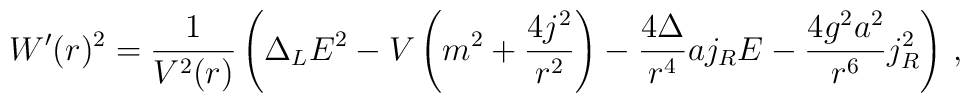
W^{\prime}(r)^{2}=\frac{1}{V^{2}(r)}\left(  \Delta_{L}E^{2}-V\left(m^{2}+\frac{4j^{2}}{r^{2}}\right)  -\frac{4\Delta}{r^{4}}aj_{R}E-\frac{4g^{2}a^{2}}{r^{6}}j_{R}^{2}\right)  \,,